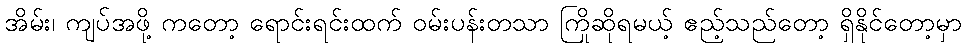
အိမ်း၊ ကျပ်အဖို့ ကတော့ ရောင်းရင်းထက် ဝမ်းပန်းတသာ ကြိုဆိုရမယ့် ဧည့်သည်တော့ ရှိနိုင်တော့မှာ